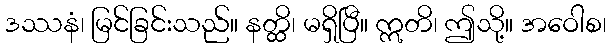
ဒဿနံ၊ မြင်ခြင်းသည်။ နတ္ထိ၊ မရှိပြီ။ ဣတိ၊ ဤသို့။ အဝေါစ၊